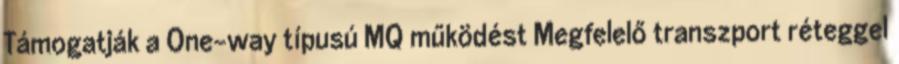
Támogatják a One-way típusú MQ működést Megfelelő transzport réteggel